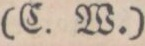
(C. W.)